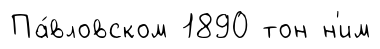
Па́вловском 1890 тон н'им